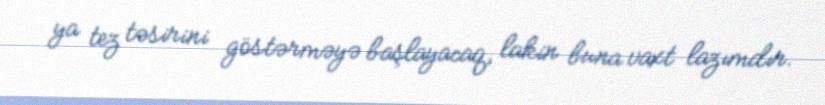
ya tez təsirini göstərməyə başlayacaq, lakin buna vaxt lazımdır.